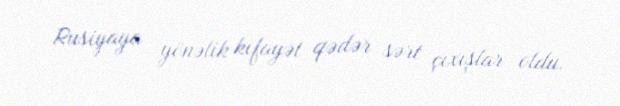
Rusiyaya yönəlik kifayət qədər sərt çıxışlar oldu.